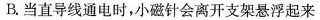
B.当直导线通电时，小磁针会离开支架悬浮起来